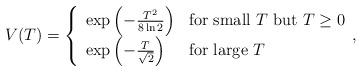
LaTeX: \begin{align*}V(T)=\left\{\begin{array}{ll}\exp\left(-\frac{T^{2}}{8\ln 2}\right) & \mbox{for small $T$ but $T\ge 0$} \\\exp\left(-\frac{T}{\sqrt{2}}\right) & \mbox{for large $T$}\end{array},\right.\end{align*}